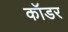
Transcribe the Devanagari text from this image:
कॉडर